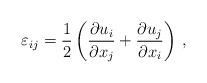
LaTeX: \begin{align*} {\varepsilon_{ij}} = \frac{1}{2} \left( \frac{\partial {u_i}}{\partial x_j} + \frac{\partial {u_j}}{\partial x_i} \right) \, ,\end{align*}